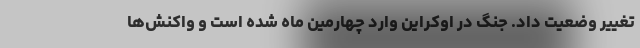
تغییر وضعیت داد. جنگ در اوکراین وارد چهارمین ماه شده است و واکنش‌ها